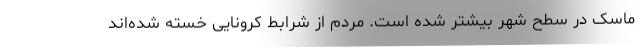
‌‌ماسک در سطح شهر بیشتر شده است. مردم از شرابط کرونایی خسته شده‌اند